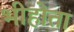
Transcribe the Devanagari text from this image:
भीहोता